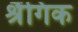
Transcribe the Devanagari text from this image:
श्रैंगिक